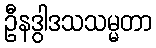
ဦနဒွါဒသသမ္မတာ